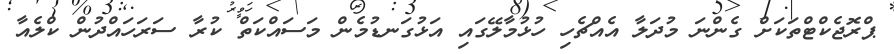
ޕްރޮޖެކްޓްތަކަށް ގެންނަ މުދަލާ އެއްޗެހި ހުޅުމާލޭގައި އަޅުގަނޑުމެން މަސައްކަތް ކުރާ ސަރަހައްދުން ކްލެއާ